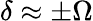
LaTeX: \delta\approx\pm\Omega